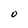
Character: O